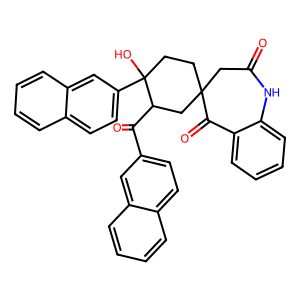
SMILES: O=C1CC2(CCC(O)(c3ccc4ccccc4c3)C(C(=O)c3ccc4ccccc4c3)C2)C(=O)c2ccccc2N1
Inhibits HIV replication: No